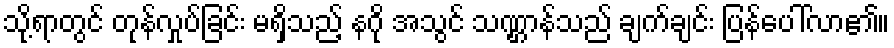
သို့ရာတွင် တုန်လှုပ်ခြင်း မရှိသည့် နဂို အသွင် သဏ္ဌာန်သည် ချက်ချင်း ပြန်ပေါ်လာ၏။